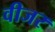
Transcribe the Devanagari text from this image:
वीजर